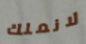
لانملك